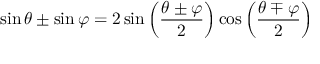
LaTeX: \sin \theta \pm \sin \varphi = 2 \sin \left( { \frac { \theta \pm \varphi } { 2 } } \right) \cos \left( { \frac { \theta \mp \varphi } { 2 } } \right)